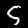
Digit: 5